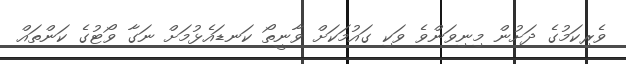
ވެރިކަމުގެ ދަށުން މިނިވަންވެ ވަކި ގައުމަކަށް ވާނީތޯ ކަނޑައެޅުމަށް ނަގާ ވޯޓުގެ ކަންތައް